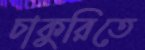
চাকুরিতে